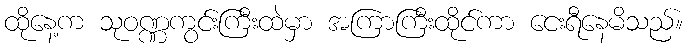
ထိုနေ့က သုဝဏ္ဏကွင်းကြီးထဲမှာ အကြာကြီးထိုင်ကာ ငေးရီနေမိသည်။